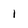
Character: 1